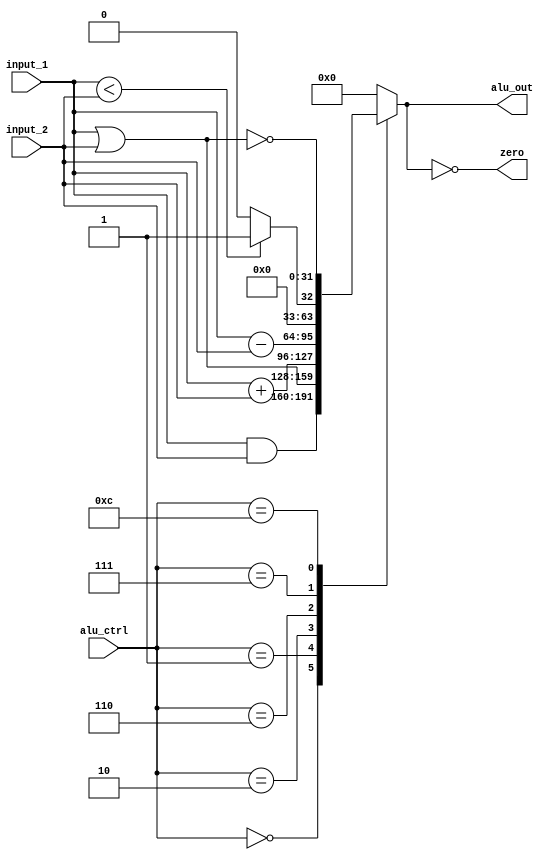
module ALU (alu_ctrl, input_1, input_2, alu_out, zero);
	input [3:0] alu_ctrl;
	input [31:0] input_1,input_2;
	output reg [31:0] alu_out;
	output zero;
	assign zero = (alu_out==0); //Zero is true if alu_out is 0; goes anywhere
	always @(alu_ctrl, input_1, input_2) //reevaluate if these change
		case (alu_ctrl)
			0: alu_out <= input_1 & input_2;
			1: alu_out <= input_1 | input_2;
			2: alu_out <= input_1 + input_2;
			6: alu_out <= input_1 - input_2;
			7: alu_out <= input_1 < input_2 ? 1:0;
			12: alu_out <= ~(input_1 | input_2);
			default: alu_out <= 0; //default to 0, should not happen;
	endcase
endmodule